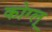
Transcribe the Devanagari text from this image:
कोग्ल्